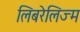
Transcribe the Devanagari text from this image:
लिबरेलिज्म